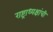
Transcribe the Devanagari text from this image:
राष्ट्राध्यक्षांची